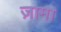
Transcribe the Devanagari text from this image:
ज़ामा